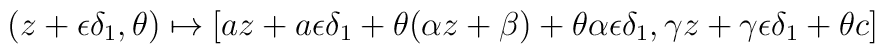
(z+\epsilon\delta_1,\theta) \mapsto[az + a\epsilon\delta_1 + \theta(\alpha z + \beta) +\theta\alpha\epsilon\delta_1,\gamma z + \gamma\epsilon\delta_1 + \theta c]